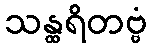
သန္ထရိတဗ္ဗံ